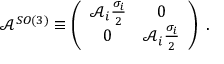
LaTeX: \mathcal { A } ^ { S O ( 3 ) } \equiv \left( \begin{array} { c c } { { \mathcal { A } _ { i } \frac { \sigma _ { i } } { 2 } } } & { { 0 } } \\ { { 0 } } & { { \mathcal { A } _ { i } \frac { \sigma _ { i } } { 2 } } } \end{array} \right) \; .